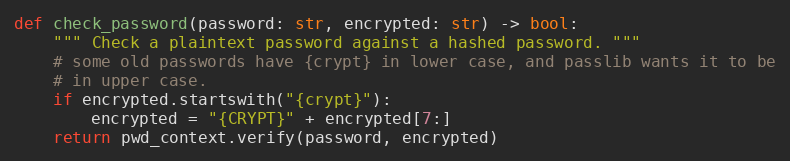
Language: Python
def check_password(password: str, encrypted: str) -> bool:
    """ Check a plaintext password against a hashed password. """
    # some old passwords have {crypt} in lower case, and passlib wants it to be
    # in upper case.
    if encrypted.startswith("{crypt}"):
        encrypted = "{CRYPT}" + encrypted[7:]
    return pwd_context.verify(password, encrypted)